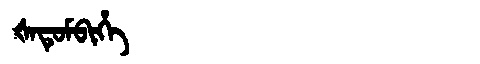
Manchu: ᡧᠠᡨᡠᠮᠪᡳᡥᡝ
Romanization: ŠATUMBIHE